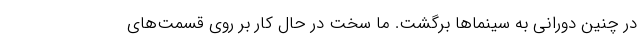
در چنین دورانی به سینماها برگشت. ما سخت در حال کار بر روی قسمت‌های